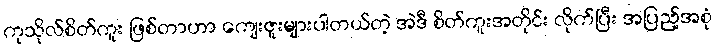
ကုသိုလ်စိတ်ကူး ဖြစ်တာဟာ ကျေးဇူးများပါတယ်တဲ့ အဲဒီ စိတ်ကူးအတိုင်း လိုက်ပြီး အပြည့်အစုံ